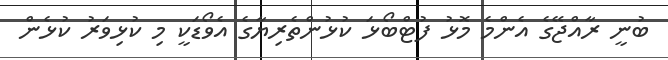
ބުނީ ރާއްޖޭގެ އެންމެ މޮޅު ފުޓްބޯޅަ ކުޅުންތެރިޔާގެ އެވޯޑަކީ މި ކުޅިވަރު ކުޅެން